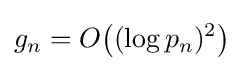
g_{n}=O\!\left((\log p_{n})^{2}\right)\!